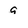
Character: 9